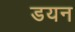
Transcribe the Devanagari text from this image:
डयन